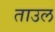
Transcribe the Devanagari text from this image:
ताउल